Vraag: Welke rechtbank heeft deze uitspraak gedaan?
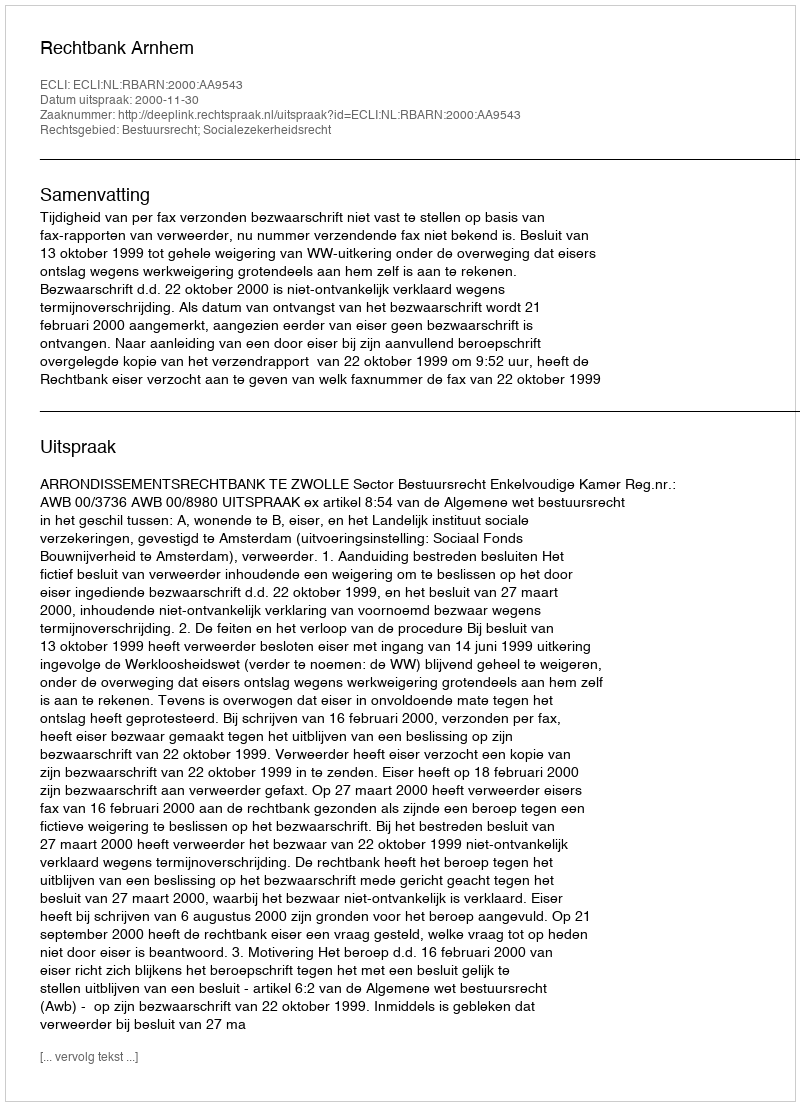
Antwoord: Rechtbank Arnhem